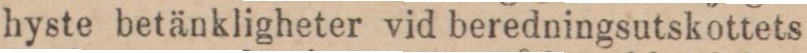
hyste betänkligheter vid beredningsutskottets